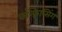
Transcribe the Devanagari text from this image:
कॉन्फ़्रेन्सिंग